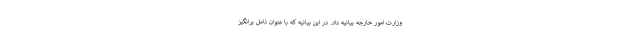
وزارت امور خارجه بیانیه داد. در این بیانیه که با عنوان تامل برانگیز